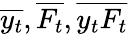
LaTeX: \overline{{y_{t}}},\overline{{F_{t}}},\overline{{y_{t}F_{t}}}